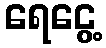
ရေငွေ့